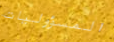
المسؤوليات